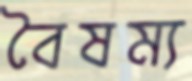
বৈষম্য